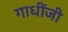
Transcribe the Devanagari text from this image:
गाधींजी